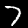
Label: 7